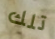
تلك